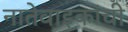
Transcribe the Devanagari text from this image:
नातेवाइकांची